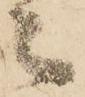
々